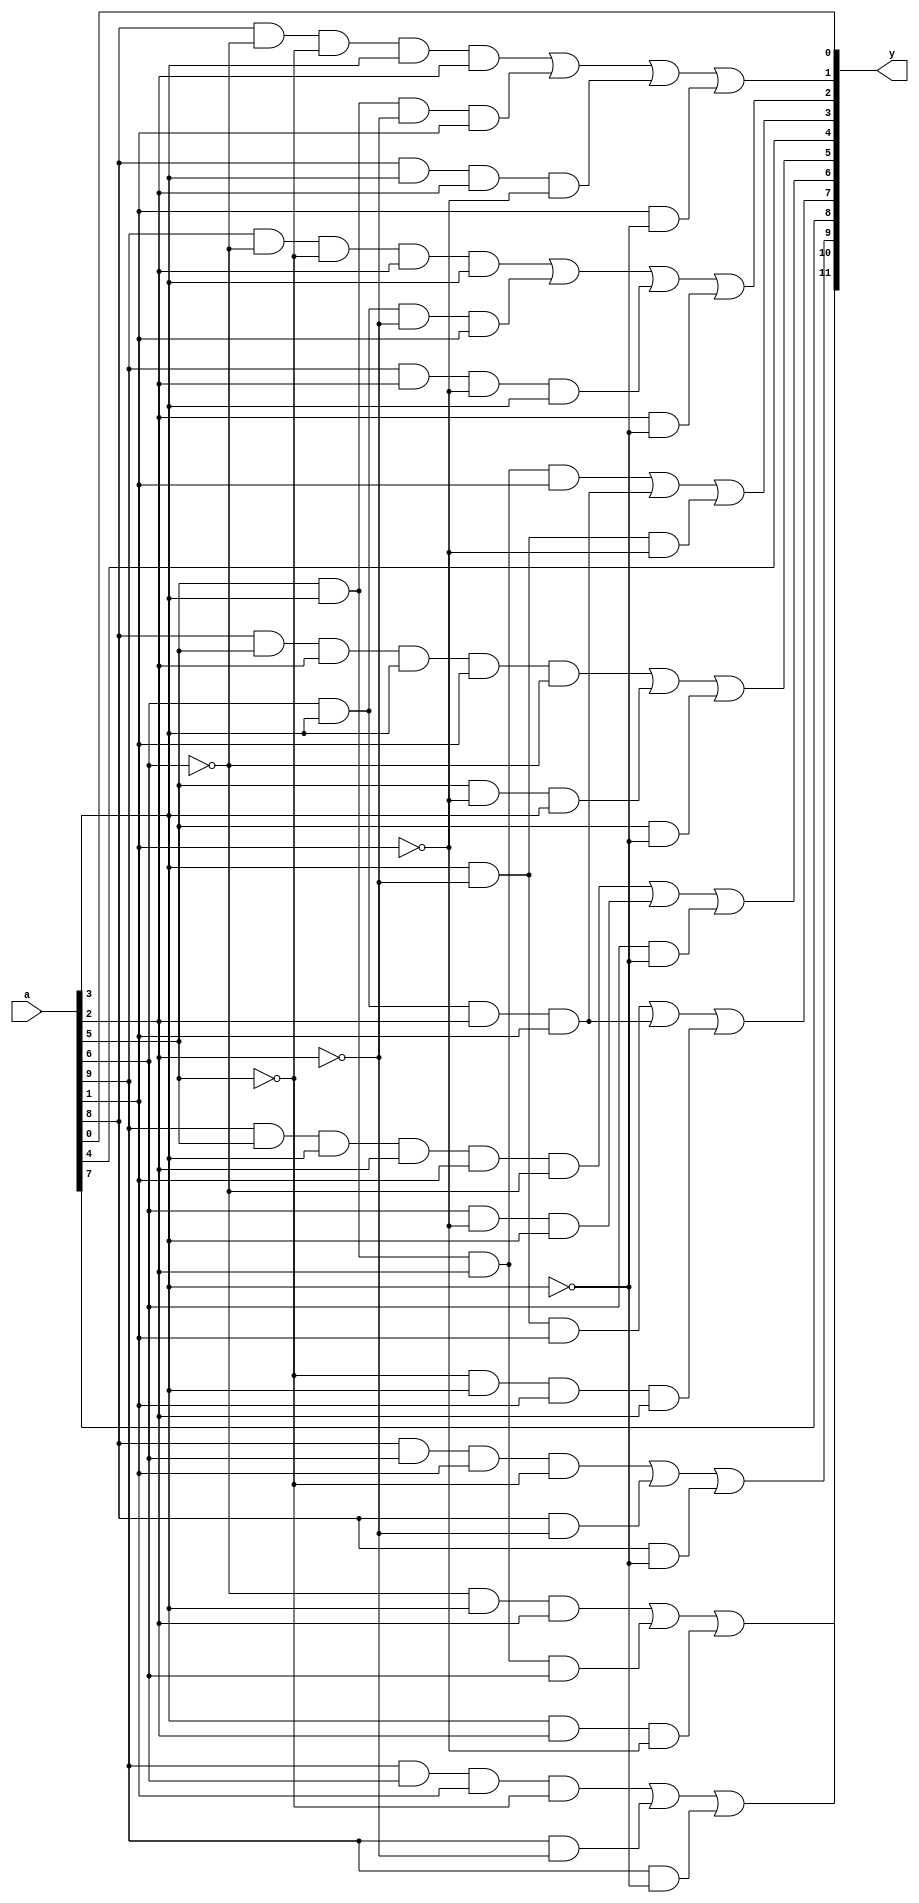
//  IBM Corp. 2020
// Licensed under the Apache License, Version 2.0 (the "License"), as modified by
// the terms below; you may not use the files in this repository except in
// compliance with the License as modified.
// You may obtain a copy of the License at http://www.apache.org/licenses/LICENSE-2.0
//
// Modified Terms:
//
//    1) For the purpose of the patent license granted to you in Section 3 of the
//    License, the "Work" hereby includes implementations of the work of authorship
//    in physical form.
//
//    2) Notwithstanding any terms to the contrary in the License, any licenses
//    necessary for implementation of the Work that are available from OpenPOWER
//    via the Power ISA End User License Agreement (EULA) are explicitly excluded
//    hereunder, and may be obtained from OpenPOWER under the terms and conditions
//    of the EULA.
//
// Unless required by applicable law or agreed to in writing, the reference design
// distributed under the License is distributed on an "AS IS" BASIS, WITHOUT
// WARRANTIES OR CONDITIONS OF ANY KIND, either express or implied. See the License
// for the specific language governing permissions and limitations under the License.
//
// Additional rights, including the ability to physically implement a softcore that
// is compliant with the required sections of the Power ISA Specification, are
// available at no cost under the terms of the OpenPOWER Power ISA EULA, which can be
// obtained (along with the Power ISA) here: https://openpowerfoundation.org.

`timescale 1 ns / 1 ns

//*****************************************************************************
//  Description:  XU DPD to BCD Conversion
//
//*****************************************************************************

module xu0_bcd_dtbcd(
   input [0:9]   a,
   output [0:11] y
);

   assign y[0]  = ((~a[3]) & a[6] & a[7]) | (a[4] & a[6] & a[7] & a[3]) | (a[6] & a[7] & (~a[8]));
   assign y[1]  = (a[0] & a[3] & a[8] & (~a[4])) | (a[0] & (~a[7])) | (a[0] & (~a[6]));
   assign y[2]  = (a[1] & a[3] & a[8] & (~a[4])) | (a[1] & (~a[7])) | (a[1] & (~a[6]));
   assign y[3]  = a[2];
   assign y[4]  = (a[6] & (~a[7]) & a[8]) | (a[3] & a[6] & a[7] & a[8]) | ((~a[4]) & a[6] & a[8] & a[7]);
   assign y[5]  = (a[0] & a[4] & a[6] & a[7] & a[8] & (~a[3])) | (a[3] & (~a[8]) & a[6]) | (a[3] & (~a[6]));
   assign y[6]  = (a[1] & a[4] & a[7] & a[6] & a[8] & (~a[3])) | (a[4] & (~a[8]) & a[6]) | (a[4] & (~a[6]));
   assign y[7]  = a[5];
   assign y[8]  = (a[4] & a[6] & a[7] & a[8]) | (a[3] & a[6] & a[7] & a[8]) | (a[6] & (~a[7]) & (~a[8]));
   assign y[9]  = (a[0] & (~a[3]) & (~a[4]) & a[7] & a[6]) | (a[3] & a[6] & (~a[7]) & a[8]) | (a[0] & a[7] & (~a[8]) & a[6]) | (a[7] & (~a[6]));
   assign y[10] = (a[1] & (~a[3]) & (~a[4]) & a[6] & a[7]) | (a[4] & a[6] & (~a[7]) & a[8]) | (a[1] & a[6] & a[7] & (~a[8])) | (a[8] & (~a[6]));
   assign y[11] = a[9];

endmodule